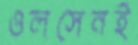
ওলসেনই